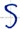
Text: S